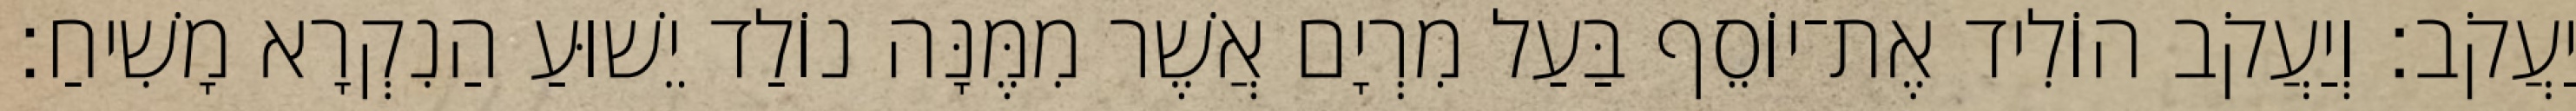
יַעֲקֹב׃ וְיַעֲקֹב הוֹלִיד אֶת־יוֹסֵף בַּעַל מִרְיָם אֲשֶׁר מִמֶּנָּה נוֹלַד יֵשׁוּעַ הַנִקְרָא מָשִׁיחַ׃